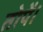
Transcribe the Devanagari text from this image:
तोपें।